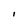
Character: l